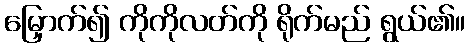
မြှောက်၍ ကိုကိုလတ်ကို ရိုက်မည် ရွယ်၏။